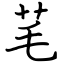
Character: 芼